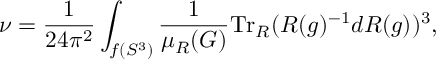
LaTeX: \nu = \frac { 1 } { 2 4 \pi ^ { 2 } } \int _ { f ( S ^ { 3 } ) } \frac { 1 } { \mu _ { R } ( G ) } \mathrm { T r } _ { R } ( R ( g ) ^ { - 1 } d R ( g ) ) ^ { 3 } ,